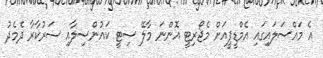
އެ މައްސަލައިގައި އެމްޑީޕީއަށް މެޖޯރިޓީ އޮންނަ މާލޭ ސިޓީ ކައުންސިލާއި ސަރުކާރާ ދެމެދު